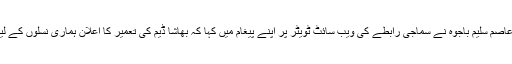
اے آر وائی نیوز کی رپورٹ کے مطابق معاون خصوصی برائے اطلاعات عاصم سلیم باجوہ نے سماجی رابطے کی ویب سائٹ ٹویٹر پر اپنے پیغام میں کہا کہ بھاشا ڈیم کی تعمیر کا اعلان ہماری نسلوں کے لیے تاریخ ساز خبر ہے، یہ ہماری نسلوں کے لیے بہت حوصلہ افزا بات ہے۔